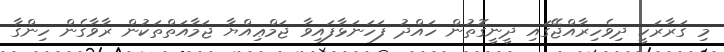
މި ގަރާރަކީ ދިވެހިރާއްޖޭގައި ދީނީގޮތުން ހައްދު ފަހަނަޅާފައިވާ ޖަމްޢިއްޔާ ޖަމާއަތްތަކުން ރާވާގެން ހިންގާ